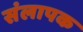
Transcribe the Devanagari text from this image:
संलापक